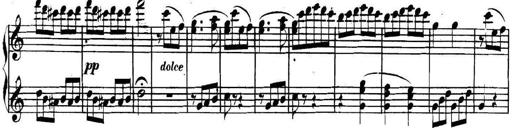
Title: Collected Piano Sonatas
Composer: Muzio Clementi